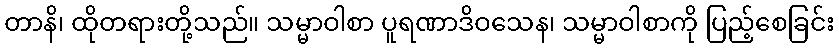
တာနိ၊ ထိုတရားတို့သည်။ သမ္မာဝါစာ ပူရဏာဒိဝသေန၊ သမ္မာဝါစာကို ပြည့်စေခြင်း